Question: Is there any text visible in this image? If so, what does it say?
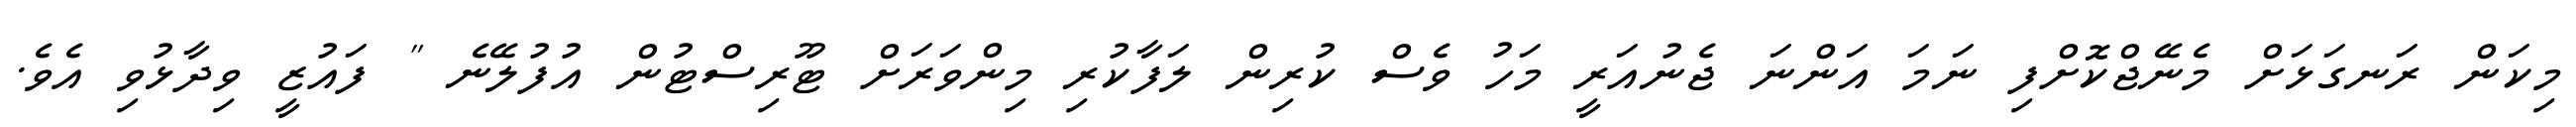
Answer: މިކަން ރަނގަޅަށް މެނޭޖްކޮށްފި ނަމަ އަންނަ ޖެނުއަރީ މަހު ވެސް ކުރިން ލަފާކުރި މިންވަރަށް ޓޫރިސްޓުން އުފުލޭނެ " ފައުޒީ ވިދާޅުވި އެވެ.